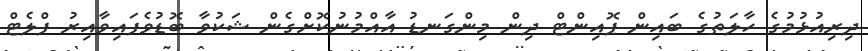
ދިރިއުޅުމުގެ ހާލަތުގެ ބައިން ޕޮއިންޓް ދިން މިންގަނޑު އާއްމުނުކޮށްގެން ޝަކުވާ ބޮޑުވެފައިވާއިރު ފްލެޓް